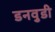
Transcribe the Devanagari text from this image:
डनवुडी